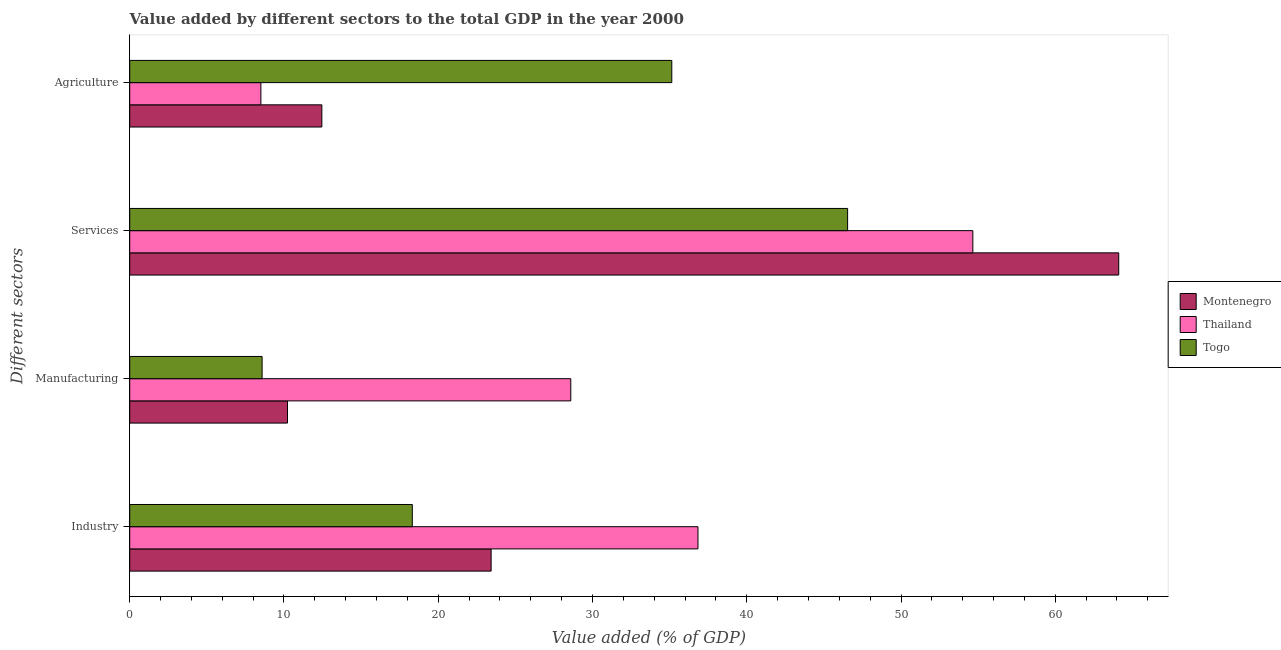
| Different sectors | Montenegro | Thailand | Togo |
 | --- | --- | --- | --- |
 | Industry | 23.4 | 36.8 | 18.3 |
 | Manufacturing | 10.2 | 28.6 | 8.58 |
 | Services | 64.1 | 54.7 | 46.5 |
 | Agriculture | 12.5 | 8.5 | 35.1 |